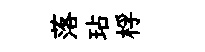
落玷桴